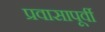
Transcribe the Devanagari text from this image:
प्रवासापूर्वी